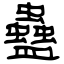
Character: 蠱